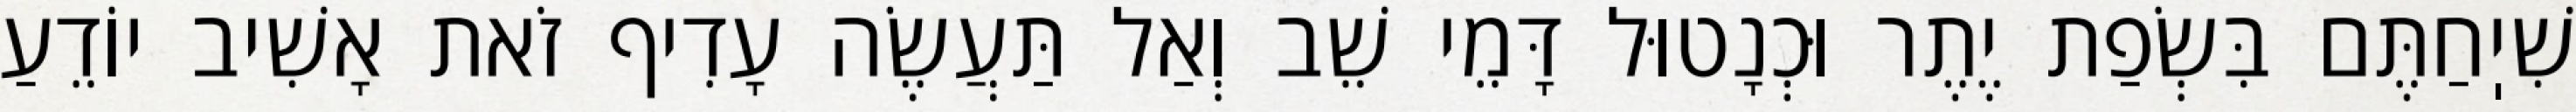
שִׁיֽחַתֶּם בִּשְׂפַת יֶתֶר וּכְנָטוּל דָּמֵי שֵׁב וְאַל תַּעֲשֶׂה עָדִיף זֹאת אָשִׁיב יוֹדֵעַ